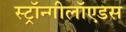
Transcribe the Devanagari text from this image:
स्ट्रॉन्गीलॉएडस